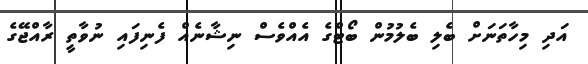
އަދި މިހާތަނަށް ބެލި ބެލުމުން ބޯޓްގެ އެއްވެސް ނިޝާނެއް ފެނިފައި ނުވާތީ ރާއްޖޭގެ